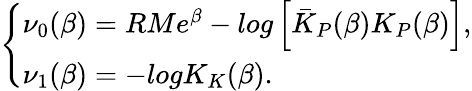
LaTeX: \left\{ \begin{array}{l}{{\nu_{0}(\beta)=RMe^{\beta}-log\left[\bar{K}_{P}(\beta)K_{P}(\beta)\right],}}\\ {{\nu_{1}(\beta)=-logK_{K}(\beta).}}\end{array}\right.